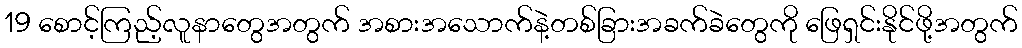
19 စောင့်ကြည့်လူနာတွေအတွက် အစားအသောက်နဲ့တစ်ခြားအခက်ခဲတွေကို ဖြေရှင်းနိုင်ဖို့အတွက်